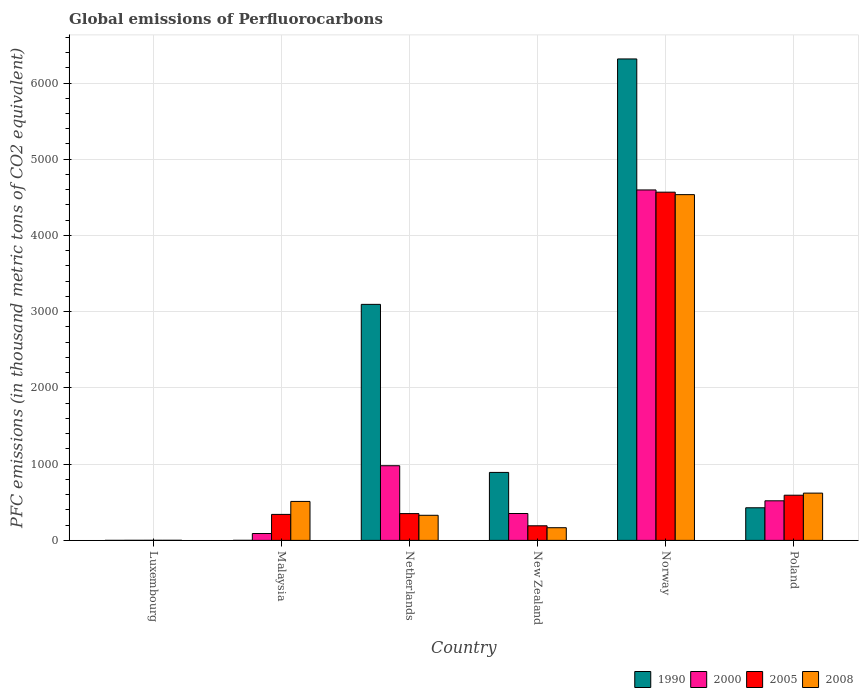
| Country | 1990 | 2000 | 2005 | 2008 |
 | --- | --- | --- | --- | --- |
 | Luxembourg | 0.1 | 1 | 1.1 | 1.2 |
 | Malaysia | 0.6 | 90.1 | 341 | 511 |
 | Netherlands | 3.1e+03 | 980 | 351 | 329 |
 | New Zealand | 892 | 353 | 192 | 166 |
 | Norway | 6.32e+03 | 4.6e+03 | 4.57e+03 | 4.54e+03 |
 | Poland | 428 | 519 | 593 | 620 |